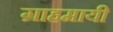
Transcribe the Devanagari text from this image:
ग्राहमायी